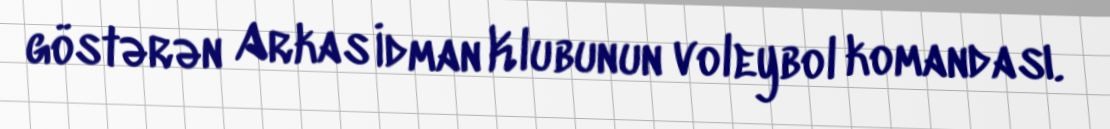
göstərən Arkas İdman Klubunun voleybol komandası.